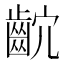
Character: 𪗴